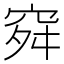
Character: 𥥤